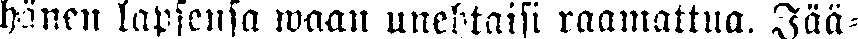
hänen lapsensa waan unehtaisi raamattua. Jää-